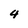
Character: 4